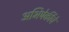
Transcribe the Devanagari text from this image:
अभिषेकींचे